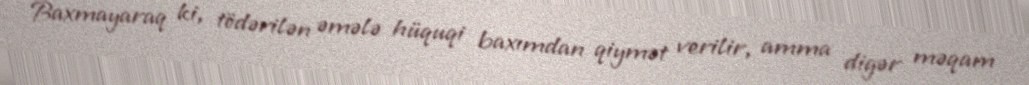
Baxmayaraq ki, tödərilən əmələ hüquqi baxımdan qiymət verilir, amma digər məqam